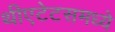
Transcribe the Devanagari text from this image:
थीएटेटसमध्ये